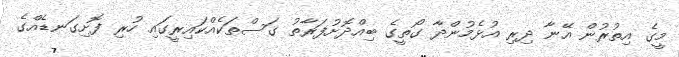
މީގެ އިތުރުން އޭނާ ދިރި އުޅެމުންދާ ގޯތީގެ ބިއްދޮށުފަރާތު ގަސްތަކެއްކައިރީގައި ހުރި ފޮށިގަނޑެއްގެ